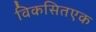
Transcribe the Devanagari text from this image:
विकसितएक